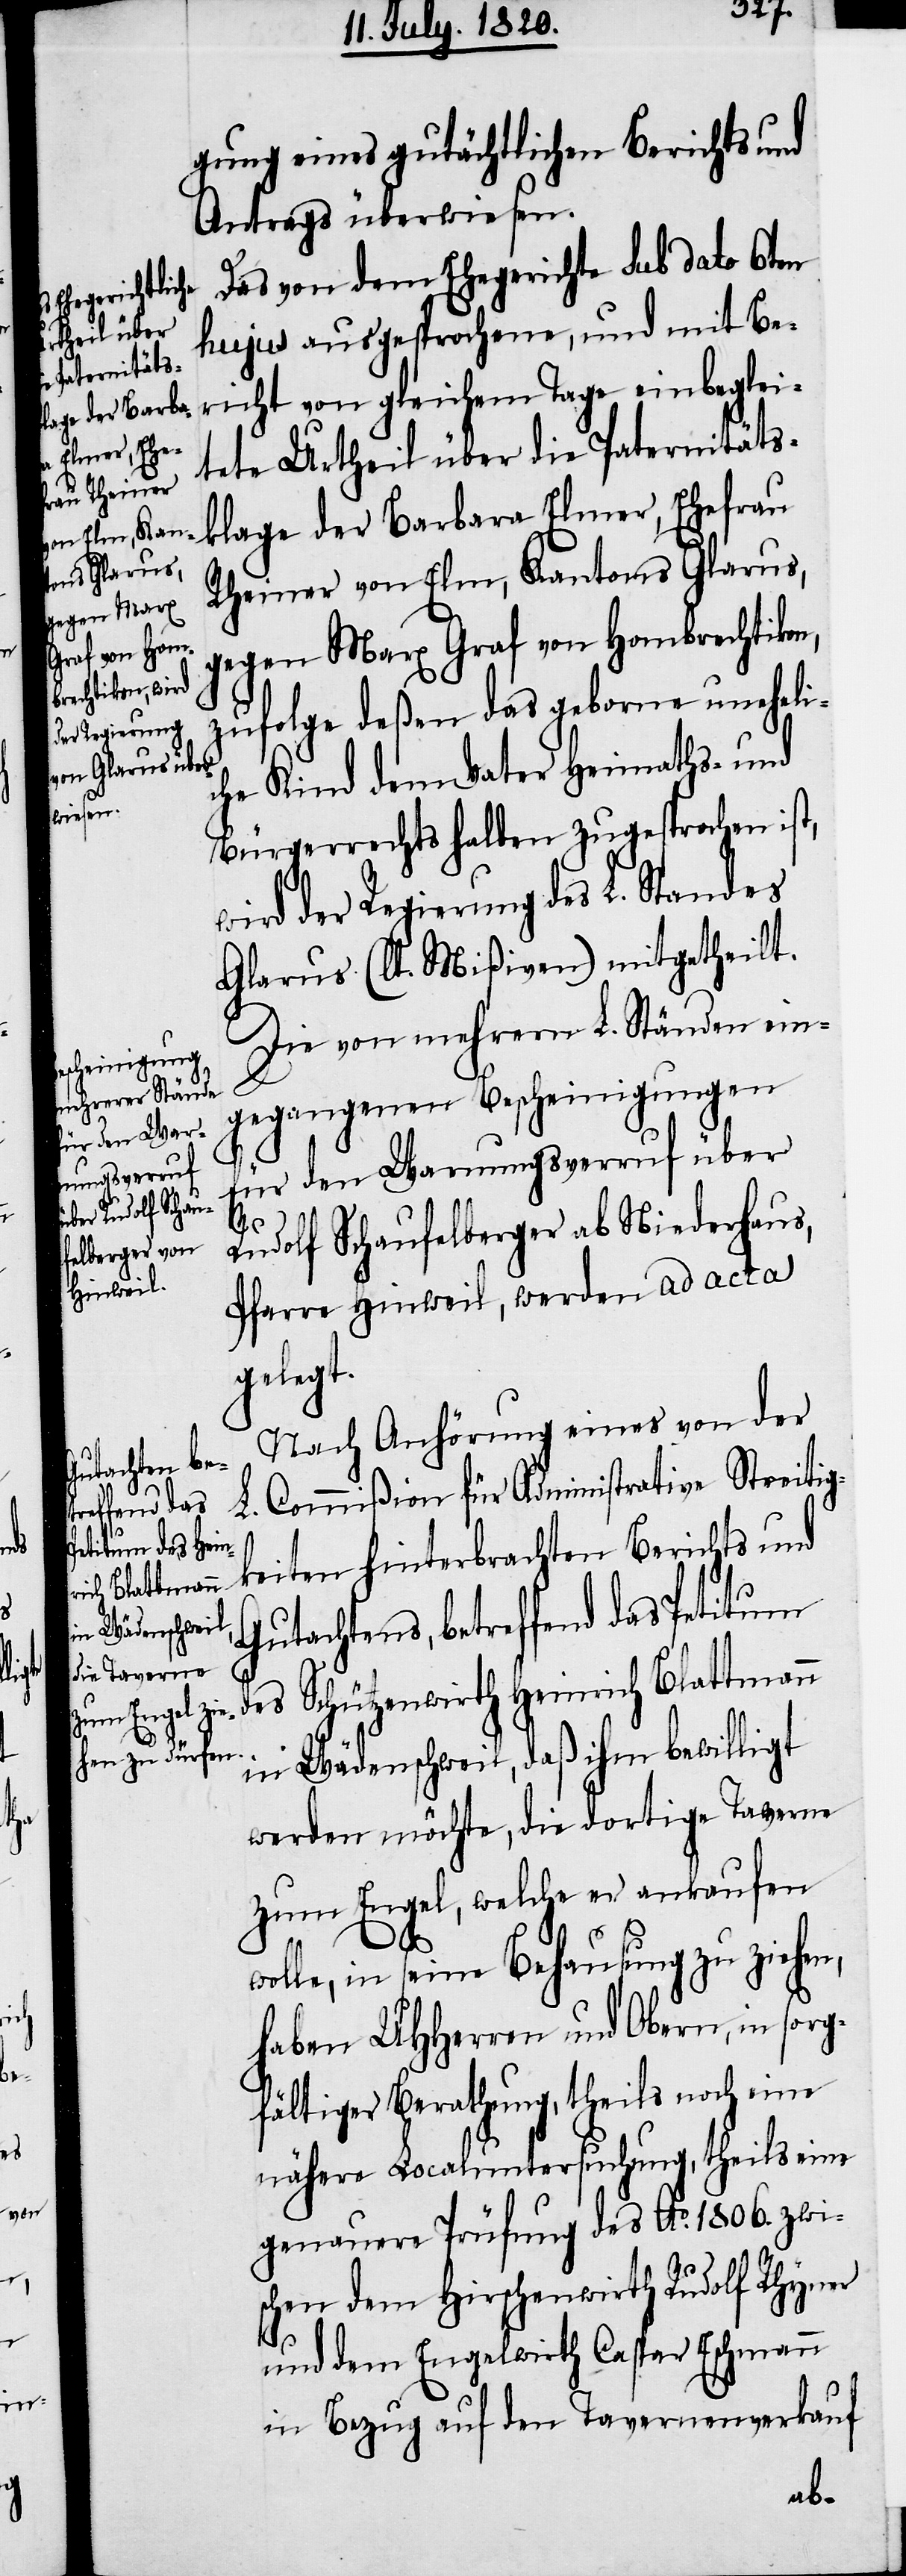
gung eines gutächtlichen Berichts und
Antrags überwiesen.
Das von dem Ehegerichte sub dato 6ten
hujus ausgesprochene, und mit Be¬
richt von gleichem tage einbeglei¬
tete Urtheil über die Paternitäts¬
klage der Barbara Elmer, Ehefrau
Rheiner von elm, Kantons Glarus,
gegen Marx Graf von Hombrechtikon,
zufolge deßen das geborne uneheli¬
che Kind dem Vater Heimaths- und
Bürgerrechtshalben zugesprochen ist,
wird der Regierung des L. Standes
Glarus (lt. Mißiven) mitgetheilt.
Die von mehrern L. Ständen ein¬
gegangenen Bescheinigungen
für den Warnungsverruf über
Rudolf Schaufelberger ab Niederhaus,
Pfarre Hinweil, werden ad acta
gelegt.
Nach Anhörung eines von der
Commißion für Administrative Strei¬
L.
tigkeiten hinterbrachten Berichts und
Gutachtens, betreffend das Petitum
des Schützenwirth Heinrich Blattmann
in Wädenschweil, daß ihm bewilligt
werden möchte, die dortige Taverne
zum Engel, welche er ankaufen
wolle, in seine Behausung zu ziehen,
haben UHherren und Obern, in sorg¬
fältiger Berathung, theils noch eine
nähere Localuntersuchung, theils eine
genauere Prüfung des Ao. 1806. zwi¬
schen dem Hirschenwirth Rudolf Rhyner
und dem Engelwirth Caspar Eschmann
in Bezug auf den Tavernenverkauf